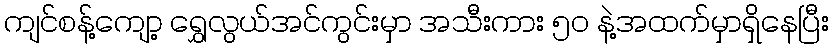
ကျင်စန့်ကျော့ ရွှေလွယ်အင်ကွင်းမှာ အသီးကား ၅၀ နဲ့အထက်မှာရှိနေပြီး